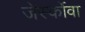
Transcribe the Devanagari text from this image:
जेर्स्कोवा